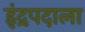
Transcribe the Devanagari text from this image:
इंद्रपदाला